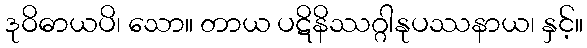
ဒုဝိဓာယပိ၊ သော။ တာယ ပဋိနိဿဂ္ဂါနုပဿနာယ၊ နှင့်။